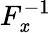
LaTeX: F_{\mathit{x}}^{-1}